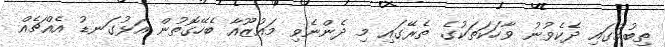
ތިބުމުގައި ދެކެވުނު ވާހަކަތަކުގެ ތެރޭގައި މި ދެންނެވި މައުޒޫއާ ބެހޭގޮތުން އަޅުގަނޑު އެއްޗެއް